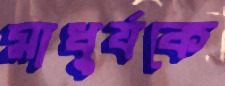
মাধুর্যকে